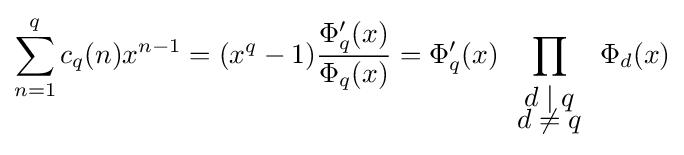
\sum _{n=1}^{q}c_{q}(n)x^{n-1}=(x^{q}-1){\frac {\Phi _{q}'(x)}{\Phi _{q}(x)}}=\Phi _{q}'(x)\prod _{\begin{array}{c}d\mid q\\[-4pt]d\neq q\end{array}}\Phi _{d}(x)